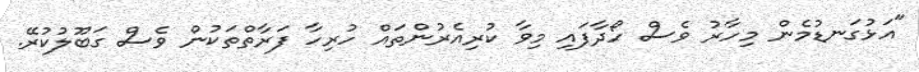
"އަޅުގަނޑުމެން މިހާރު ވެސް ހޯދާފައި މިވާ ކުރިއެރުންތައް ހުރިހާ ފަރާތްތަކުން ވެސް ގަބޫލުކުރޭ.